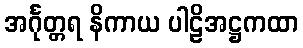
အင်္ဂုတ္တရ နိကာယ ပါဠိအဋ္ဌကထာ